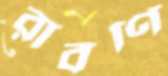
রাবণি